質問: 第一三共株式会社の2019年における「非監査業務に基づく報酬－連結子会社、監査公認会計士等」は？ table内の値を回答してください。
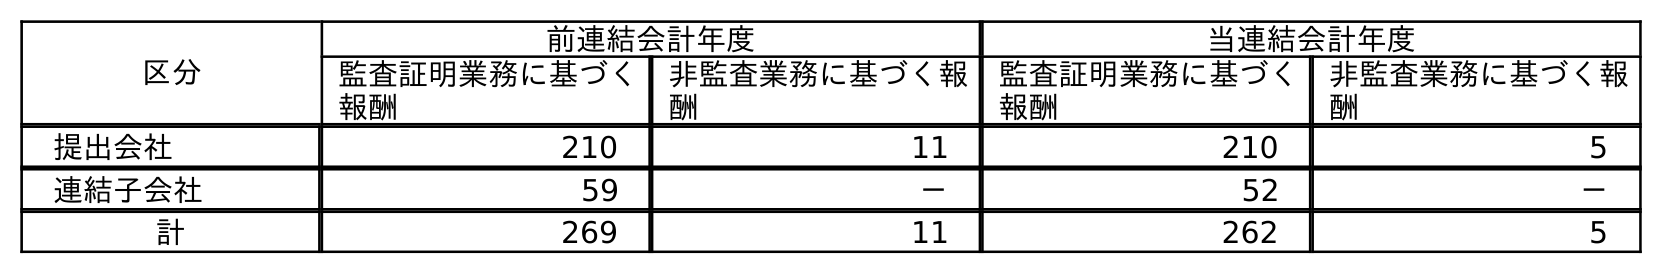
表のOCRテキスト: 区分 前連結会計年度 当連結会計年度 監査証明業務に基づく 報酬 非監査業務に基づく報 酬 監査証明業務に基づく 報酬 非監査業務に基づく報 酬 提出会社 210 11 210 5 連結子会社 59 － 52 － 計 269 11 262 5
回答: －